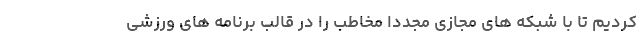
کردیم تا با شبکه های مجازی مجددا مخاطب را در قالب برنامه های ورزشی